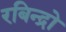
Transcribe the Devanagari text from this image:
रबिन्द्रो